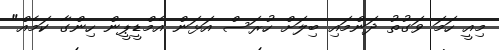
މިއީ ހަމަ ވަގުތު ދަންމައި ބިލަށް ހުރަސް އަޅަން އެމްޑީޕީން ހިންގާ ކަމެއް"